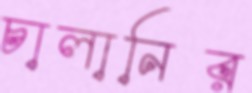
চালানির